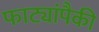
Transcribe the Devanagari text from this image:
फाट्यांपैकी